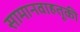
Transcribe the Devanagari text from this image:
सामानवाहतूकी